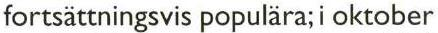
fortsättningsvis populära; i oktober